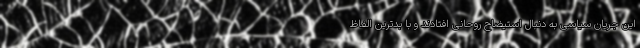
این جریان سیاسی به دنبال استیضاح روحانی افتادند و با بدترین الفاظ